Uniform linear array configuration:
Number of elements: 32
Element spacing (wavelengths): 0.25
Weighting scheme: binomial
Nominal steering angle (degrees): -15
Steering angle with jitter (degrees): -16.461
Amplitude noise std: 0.05
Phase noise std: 0.05

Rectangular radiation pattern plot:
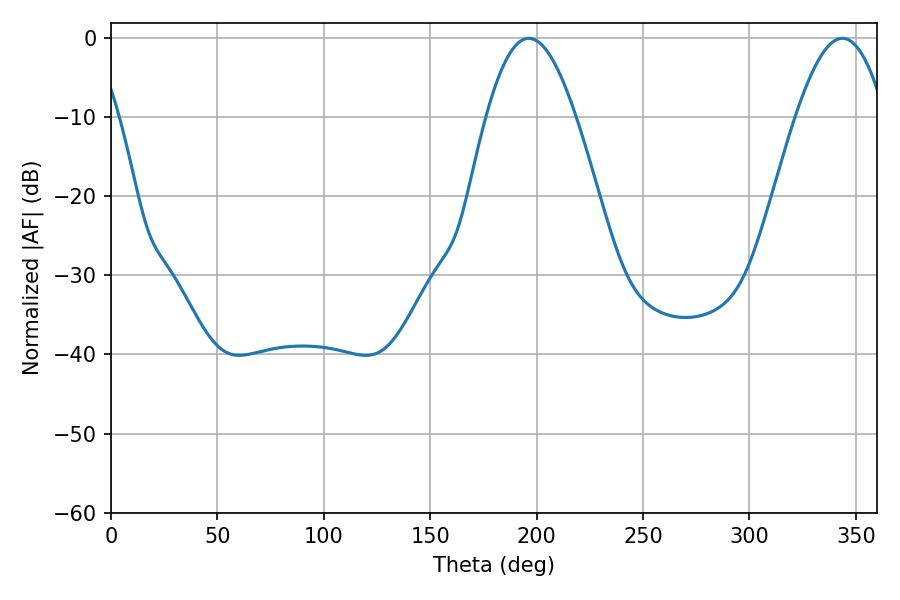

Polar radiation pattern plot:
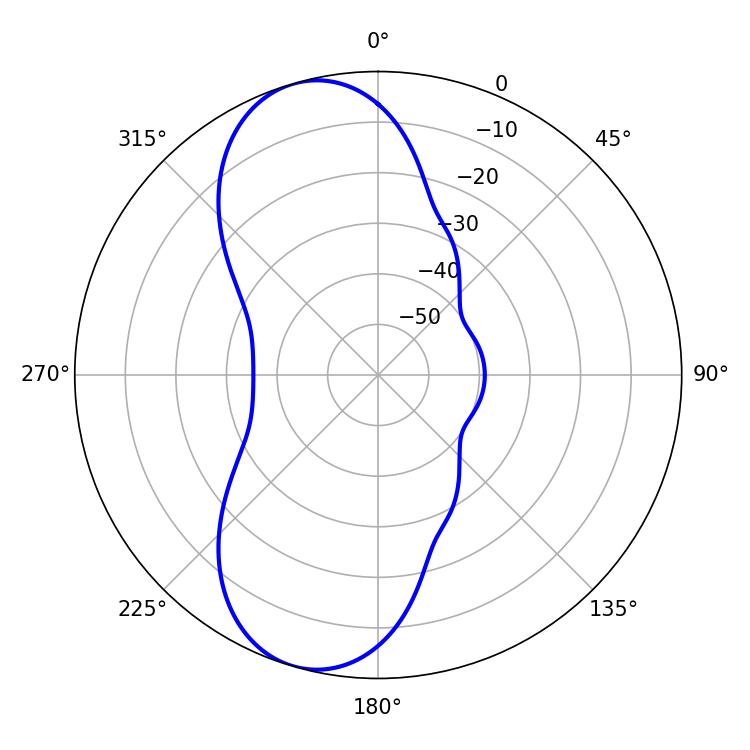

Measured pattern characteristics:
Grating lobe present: FALSE
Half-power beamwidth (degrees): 22.86
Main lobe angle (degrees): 196.38